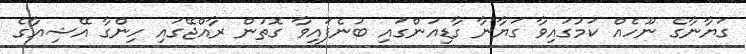
ގަޔާނާގެ ނޫހެއް ކަމުގައިވާ ގަޔާނާ ގާޑިއަންގައި ބުނެފައިވާ ގޮތުން ރާއްޖޭގައި ހިންގާ އޭޝިއާގެ